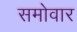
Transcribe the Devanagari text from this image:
समोवार